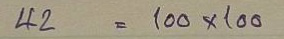
42 = 100 x 100